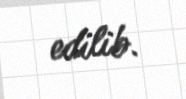
edilib.